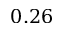
0 . 2 6